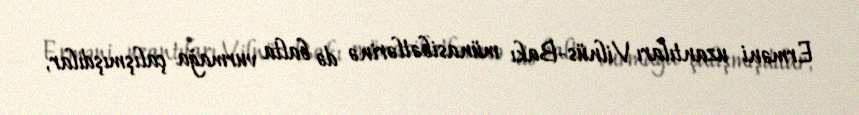
Erməni uzantıları Vilnüs-Bakı münasibətlərinə də balta vurmağa çalışmışdılar,